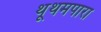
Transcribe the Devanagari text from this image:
थूथमपारा